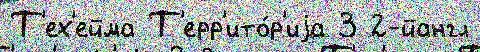
Т'ех'ейма Т'ерр'ито́р'иjа 3 2-йангл